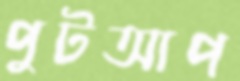
পুটআপ